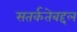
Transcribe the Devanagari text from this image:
सतर्कतेबद्दल